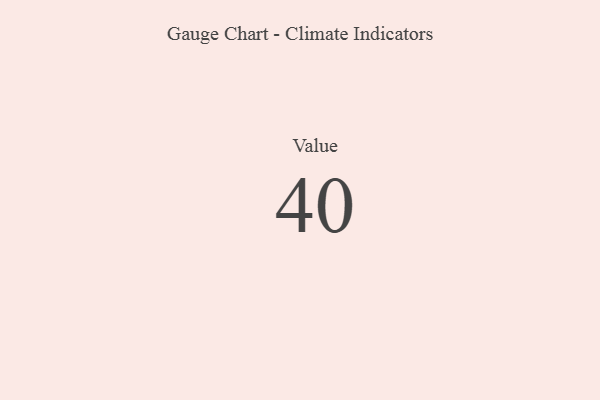
{"axis": {"x": "Metric", "y": "Value"}, "legend": [""], "data": [{"x": "Value", "y": 40, "type": ""}]}